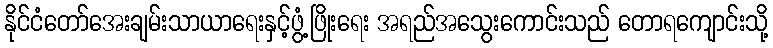
နိုင်ငံတော်အေးချမ်းသာယာရေးနှင့်ဖွံ့ဖြိုးရေး အရည်အသွေးကောင်းသည် တောရကျောင်းသို့